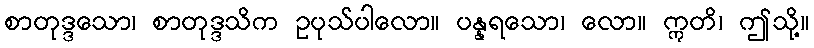
စာတုဒ္ဒသော၊ စာတုဒ္ဒသိက ဥပုသ်ပါလော။ ပန္နရသော၊ လော။ ဣတိ၊ ဤသို့။